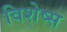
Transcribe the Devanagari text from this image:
विशेष्स